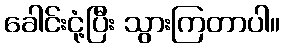
ခေါင်းငုံ့ပြီး သွားကြတာပါ။